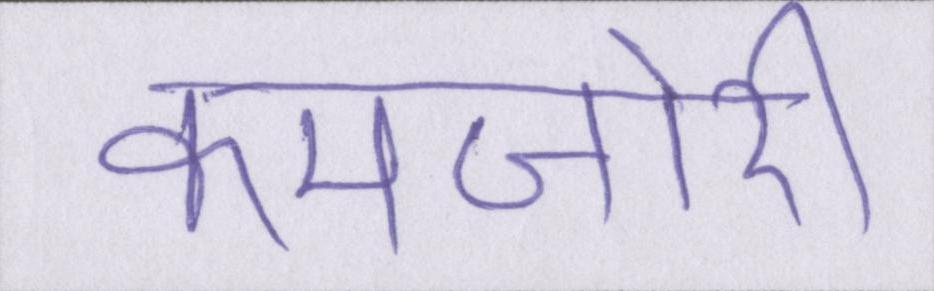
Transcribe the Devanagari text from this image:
कमजोरी